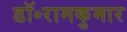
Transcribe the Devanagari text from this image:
डॉ॰रामकुमार